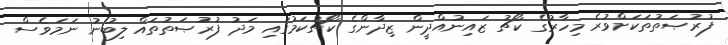
ފުރުޞަތުތަކަށްވުރެ މިހާރުގެ ކޯޗު ޒައިނުއްދީން ޒިދާންގެ ކޯޗުކަމުގައި މަދު ފުރުޞަތުތައް ލިބުނު ނަމަވެސް